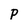
Character: p